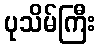
ပုသိမ်ကြီး